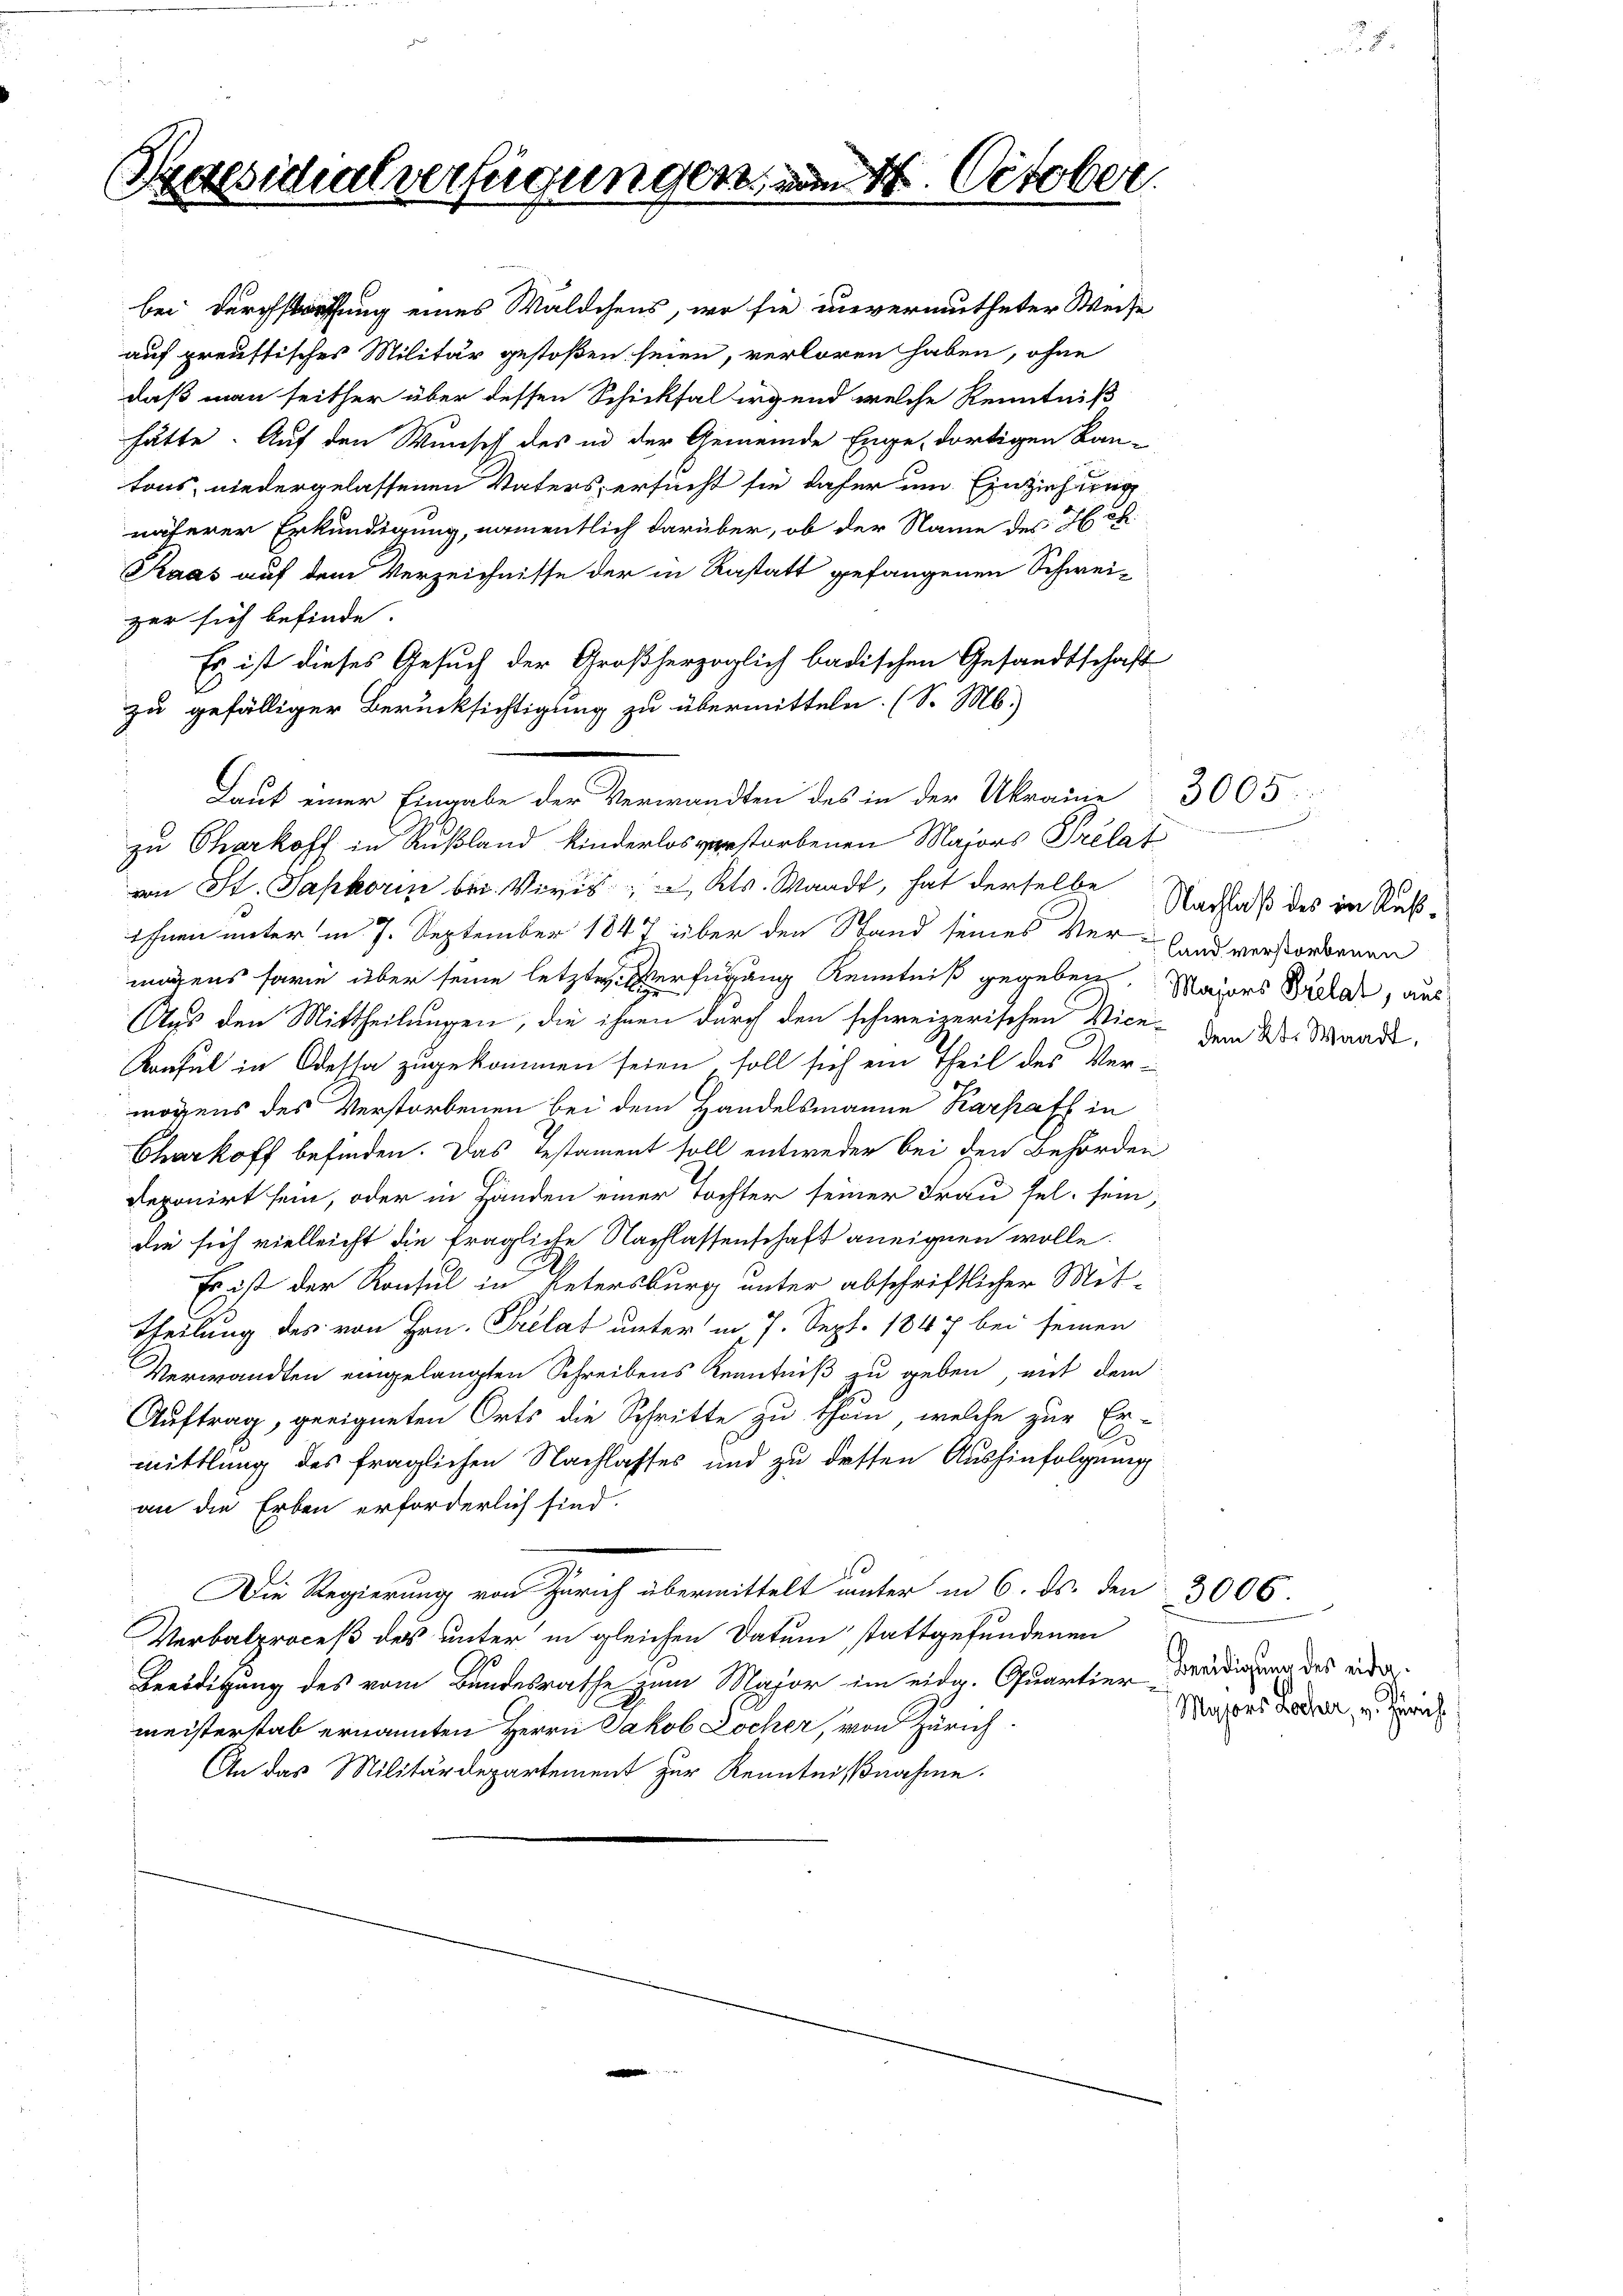
S

residialverfügungen.

Laut einer Eingabe der Verwandten des in der Akramie

7

.

October.

bei Durchstraffung eines Wäldchens, wo sie unvermutheter Weise
auf preussisches Militär gestoßen seien, verloren haben, ohne
daß man seither über dessen Schicksal irgend welche Kenntniß
hätte. Auf den Wunsch des in der Gemeinde Enge, dortigen Kan-
tons, niedergelassenen Vaters, ersucht sie daher um Einziehung
näherer Erkundigung, namentlich darüber, ob der Name des Hch.
Raas auf dem Verzeichnisse der in Rastatt gefangenen Schweizer sich befinde.
Es ist dieses Gesuch der Großherzoglich badischen Gesandtschaft
zu gefälliger Berücksichtigung zu übermitteln. (S. M.)
zu Charkoff in Rußland kinderlos verstorbenen Majors Prelat
von St. Saphorin bei Vivis u Kts. Waadt, hat derselbe
ihnen unter m 7. September 1847 über den Stand seines Ver-Land verstorbenen
mögens sowie über seine letzten Verfügung Kenntniß gegeben. Majors Bretar, aus
Ags den Mittheilungen, die ihnen durch den schweizerischen Vice dem W. Waadt,
Konsul in Odessa zugekommen seien soll sich ein Theil des Ver-
mögens des Verstorbenen bei dem Handelsmanne Karpaff in
Cherkoff befinden. Das Testament soll entweder bei den Behörden
Reponirt sein, oder in Händen einer Tochter seiner Frau sel. sein,
die sich vielleicht die fragliche Nachlassenschaft aneignen wolle.
Es ist der Konsul in Petersburg unter abschriftlicher Mit-
Theilung des von Hrn. Prelat unter in 7. Sept. 1847 bei seinen
Verwandten eingelangten Schreibens Kenntniß zu geben, mit dem
Auftrag, geeigneten Orts die Schritte zu thun, welche zur Er-
mittlung des fraglichen Nachlasses und zu detten Aushinfolgung
an die Erben erforderlich sind.
10
Die Regierung von Zürich übermittelt unter in 6. ds. den 3006.
Verbalproceß des unter in gleichen Datum stattgefundenen
Geeidigung des vom Bundesrathe zum Major im eidg. Quartier Beeidigung des eidermeisterstab ernannten Herrn Jakob Zocher, von Zürich
An das Militärdepartement zur Kenntnißnahme.

3005

Nachlaß des in Ruß¬

Majors Locher, v. Zürich